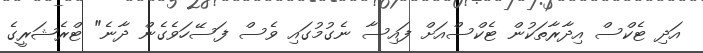
އަދި ޓެކްސް އިދާރާތަކުން ޓެކްސްއަށް ފައިސާ ނެގުމުގައި ވެސް ފަސޭހަވެގެން ދާނެ" ޓްރެޝަރީގެ